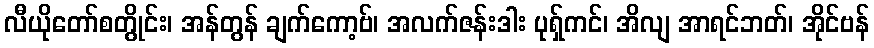
လီယိုတော်စတွိုင်း၊ အန်တွန် ချက်ကော့ဗ်၊ အလက်ဇန်းဒါး ပုရှ်ကင်၊ အိလျ အာရင်ဘတ်၊ အိုင်ဗန်